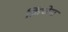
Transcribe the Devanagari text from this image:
फ्रिंजेस